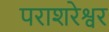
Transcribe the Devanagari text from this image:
पराशरेश्वर